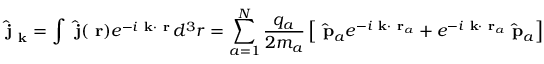
\hat { \mathrm { \bf ~ j } } _ { \mathrm { \bf ~ k } } = \int \hat { \mathrm { \bf ~ j } } ( \mathrm { \bf ~ r } ) e ^ { - i \mathrm { \bf ~ k } \cdot \mathrm { \bf ~ r } } \, d ^ { 3 } r = \sum _ { a = 1 } ^ { N } \frac { q _ { a } } { 2 m _ { a } } \left[ \hat { \mathrm { \bf ~ p } } _ { a } e ^ { - i \mathrm { \bf ~ k } \cdot \mathrm { \bf ~ r } _ { a } } + e ^ { - i \mathrm { \bf ~ k } \cdot \mathrm { \bf ~ r } _ { a } } \hat { \mathrm { \bf ~ p } } _ { a } \right]